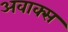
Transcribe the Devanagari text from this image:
अवाक्स